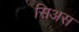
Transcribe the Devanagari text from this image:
सिअस